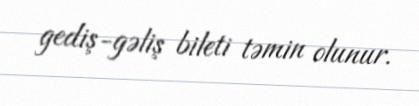
gediş-gəliş bileti təmin olunur.